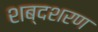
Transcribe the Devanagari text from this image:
शब्दशरण